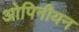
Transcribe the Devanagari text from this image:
ओपिनीयन